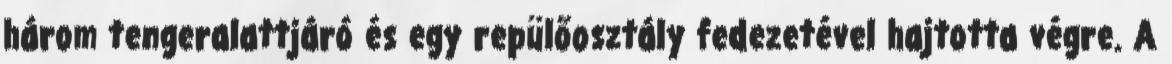
három tengeralattjáró és egy repülőosztály fedezetével hajtotta végre. A